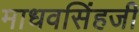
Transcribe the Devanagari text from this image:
माधवसिंहजी